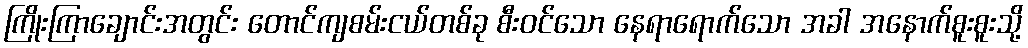
ကြိုးကြာချောင်းအတွင်း တောင်ကျစမ်းငယ်တစ်ခု စီးဝင်သော နေရာရောက်သော အခါ အနောက်စူးစူးသို့